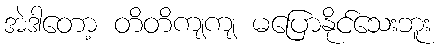
အဲဒါတော့ တိတိကျကျ မပြောနိုင်သေးဘူး